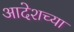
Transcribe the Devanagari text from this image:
आदेशच्या